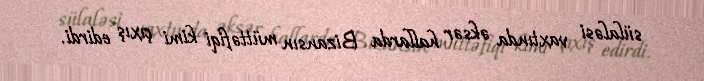
sülaləsi vaxtında əksər hallarda Bizansın müttəfiqi kimi çıxış edirdi.